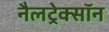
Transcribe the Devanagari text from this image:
नैलट्रेक्सॉन